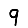
Digit: 9